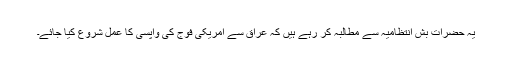
یہ حضرات بش انتظامیہ سے مطالبہ کر رہے ہیں کہ عراق سے امریکی فوج کی واپسی کا عمل شروع کیا جائے۔